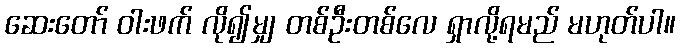
ဆေးတော် ဝါးဖက် လို၍မျှ တစ်ဦးတစ်လေ ရှာလို့ရမည် မဟုတ်ပါ။